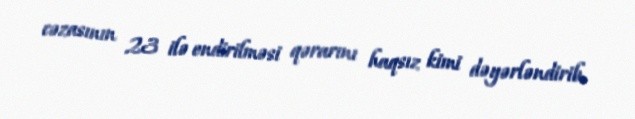
cəzasının 23 ilə endirilməsi qərarını haqsız kimi dəyərləndirib.